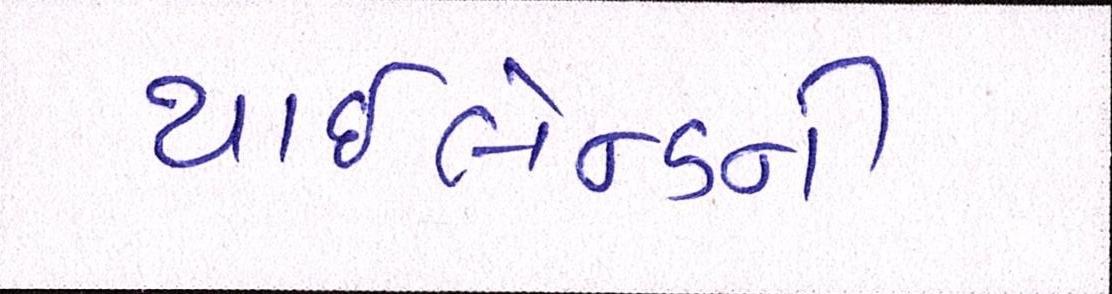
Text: થાઇલેન્ડની